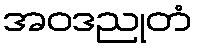
အဝဒညုတံ